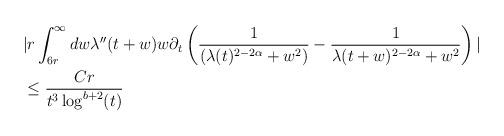
LaTeX: \begin{align*}&| r \int_{6r}^{\infty} dw \lambda''(t+w) w \partial_{t}\left(\frac{1}{(\lambda(t)^{2-2\alpha}+w^{2})} - \frac{1}{\lambda(t+w)^{2-2\alpha}+w^{2}}\right)|\\&\leq \frac{Cr}{t^{3}\log^{b+2}(t)}\end{align*}